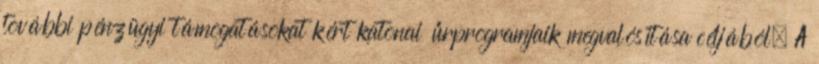
további pénzügyi támogatásokat kért katonai űrprogramjaik megvalósítása céljából. A